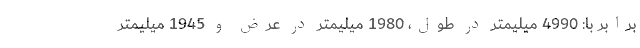
برابر با: 4990 میلیمتر در طول، 1980 میلیمتر در عرض و 1945 میلیمتر